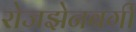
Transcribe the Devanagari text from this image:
रोजझेनबर्गी